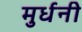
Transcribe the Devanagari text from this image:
मुर्धनी